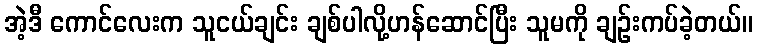
အဲ့ဒီ ကောင်လေးက သူငယ်ချင်း ချစ်ပါလို့ဟန်ဆောင်ပြီး သူမကို ချဉ်းကပ်ခဲ့တယ်။